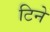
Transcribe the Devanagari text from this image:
टिने